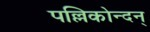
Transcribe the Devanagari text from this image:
पल्लिकोन्दन्